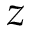
\boldsymbol { z }